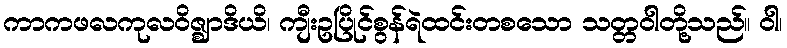
ကာကဖလကုလဝိဇ္ဈာဒိယိ၊ ကျီးဥပြိုင်စွန်ရဲထင်းတစသော သတ္တဝါတို့သည်။ ဝါ၊